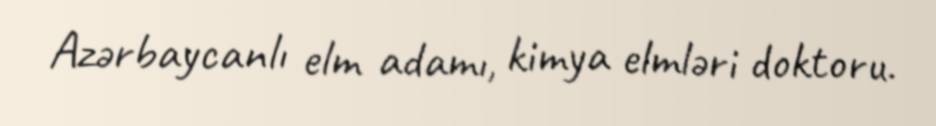
Azərbaycanlı elm adamı, kimya elmləri doktoru.